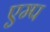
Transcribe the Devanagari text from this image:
एम्प